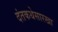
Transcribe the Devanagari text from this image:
दंतकथेसारखा